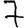
Digit: 7